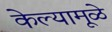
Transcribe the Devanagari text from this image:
केल्यामूळे